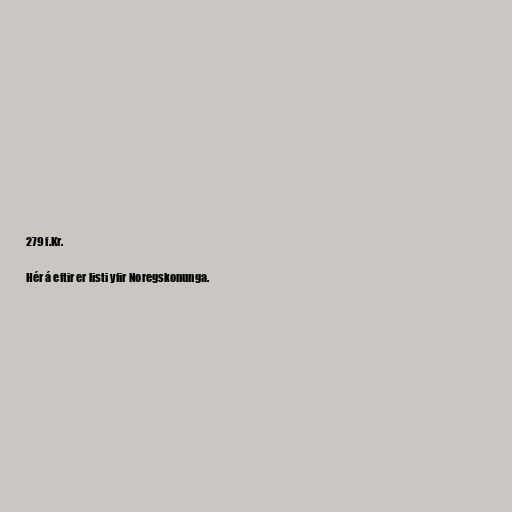
279 f.Kr.

Hér á eftir er listi yfir Noregskonunga.